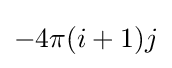
-4\pi (i+1)j